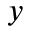
y